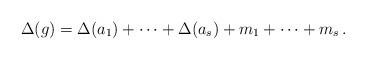
LaTeX: \begin{align*}\Delta(g)=\Delta(a_1)+\dots+\Delta(a_s)+m_1+\dots+m_s\,.\end{align*}